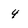
Character: 4